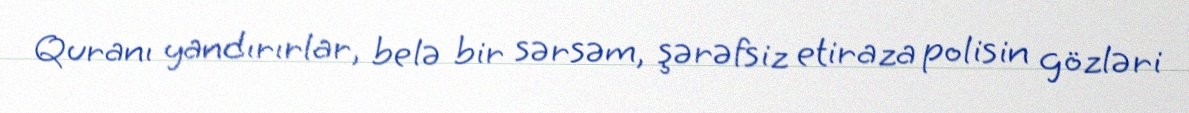
Quranı yandırırlar, belə bir sərsəm, şərəfsiz etiraza polisin gözləri